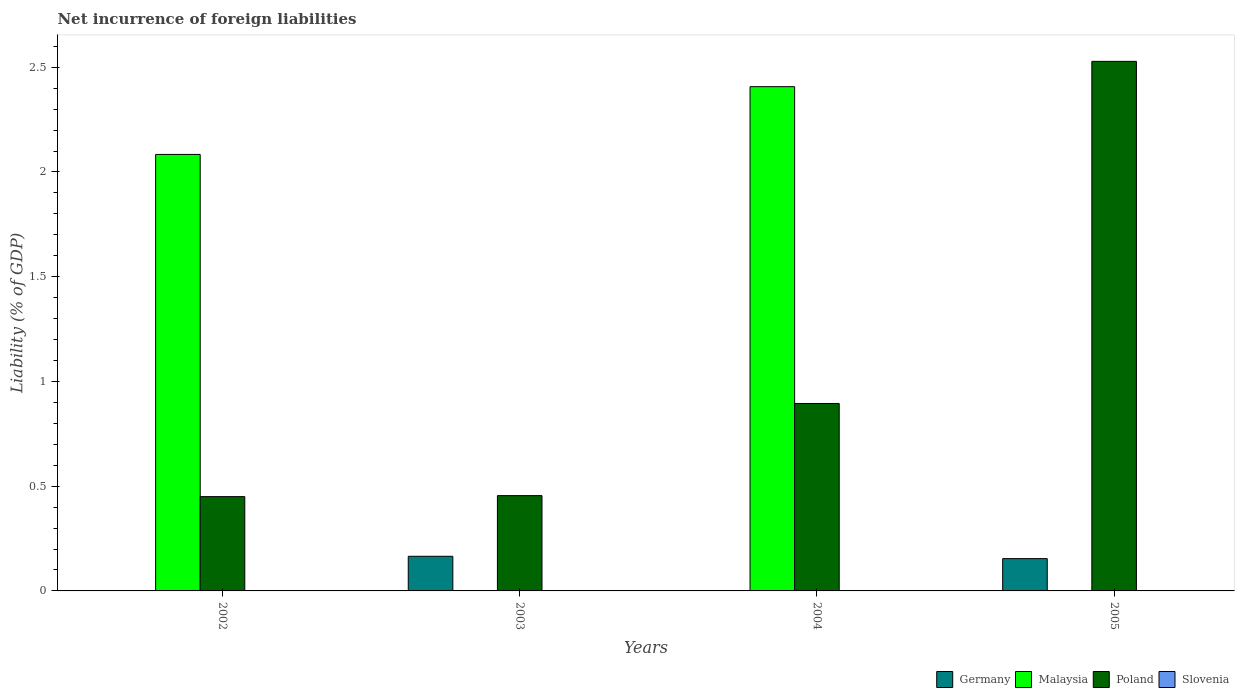
| Years | Germany | Malaysia | Poland | Slovenia |
 | --- | --- | --- | --- | --- |
 | 2002 | -0.0741 | 2.08 | 0.45 | -0.375 |
 | 2003 | 0.165 | -0.717 | 0.455 | -0.167 |
 | 2004 | -0.192 | 2.41 | 0.895 | -0.759 |
 | 2005 | 0.154 | -1.19 | 2.53 | -1.84 |